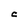
Character: C